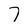
Character: 7